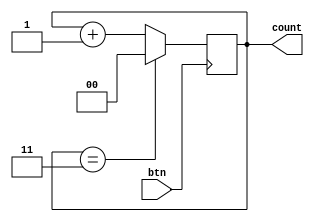
`timescale 1ns / 1ps

module count_2(
    input btn,
    output reg [1:0]count = 2'b00
    );


always @ (posedge btn)
    begin
    if (count == 3) count = 0;
    else count = count + 1;
    end
endmodule